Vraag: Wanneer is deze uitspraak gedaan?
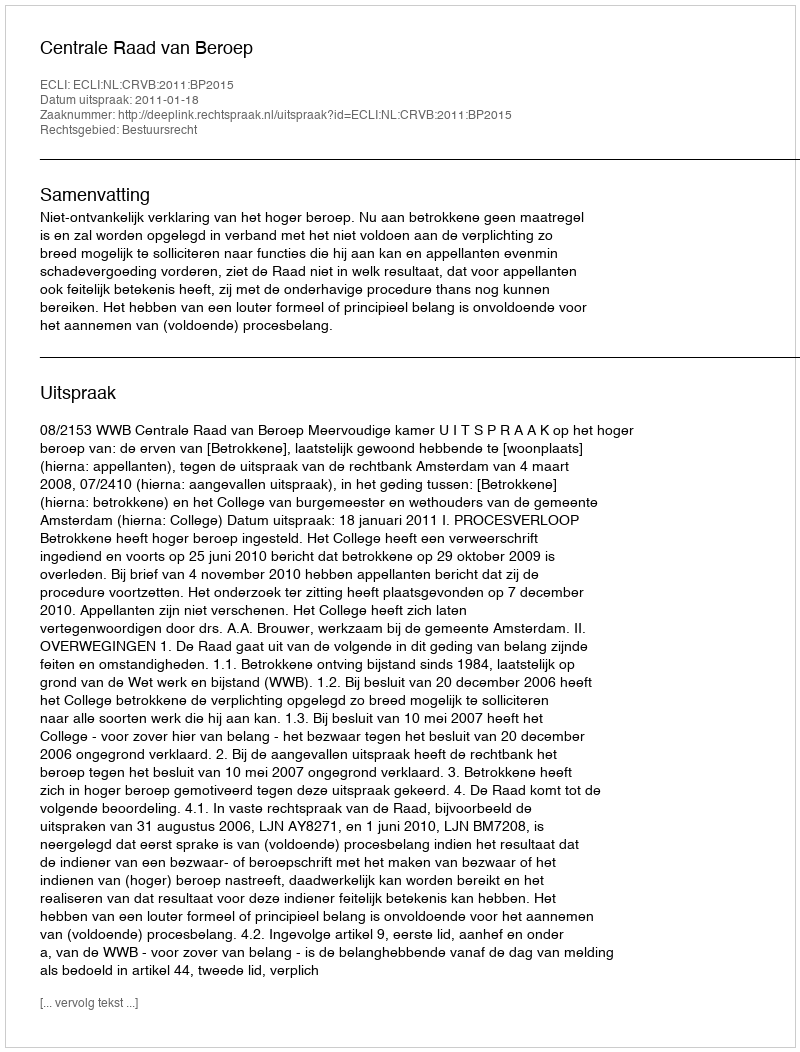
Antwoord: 2011-01-18